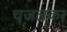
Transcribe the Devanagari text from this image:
चजलकर